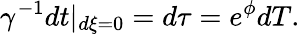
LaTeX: \gamma^{-1}dt|_{d\xi=0}=d\tau=e^{\phi}dT.